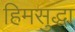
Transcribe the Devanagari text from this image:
हिमसुद्धा